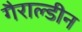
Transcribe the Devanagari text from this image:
गैराल्डीन